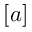
[ a ]